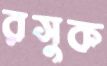
রসুক